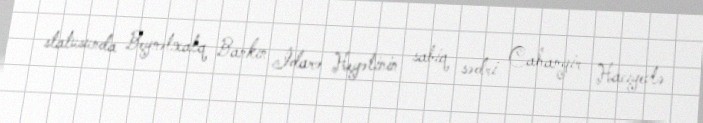
statusunda Beynəlxalq Bankın İdarə Heyətinin sabiq sədri Cahangir Hacıyevlə